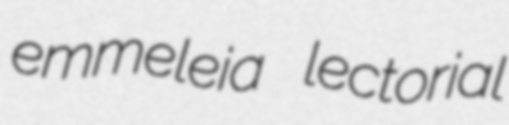
emmeleia lectorial